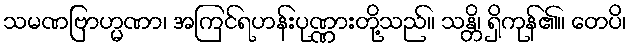
သမဏဗြာဟ္မဏာ၊ အကြင်ရဟန်းပုဏ္ဏားတို့သည်။ သန္တိ၊ ရှိကုန်၏။ တေပိ၊